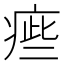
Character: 㾚